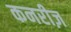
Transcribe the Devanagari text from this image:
कनरीज़